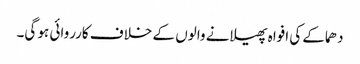
دھماکے کی افواہ پھیلانے والوں کے خلاف کارروائی ہو گی۔